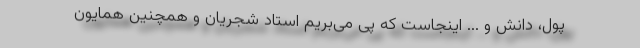
پول، دانش و ... اینجاست که پی می‌بریم استاد شجریان و همچنین همایون